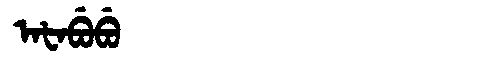
Manchu: ᠠᡶᠠᠪᡠᠪᡠ
Romanization: AFABUBU